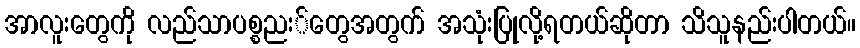
အာလူးတွေကို လည်သာပစ္စညး်တွေအတွက် အသုံးပြုလို့ရတယ်ဆိုတာ သိသူနည်းပါတယ်။